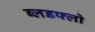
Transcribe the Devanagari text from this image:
ब्लडफ्लो